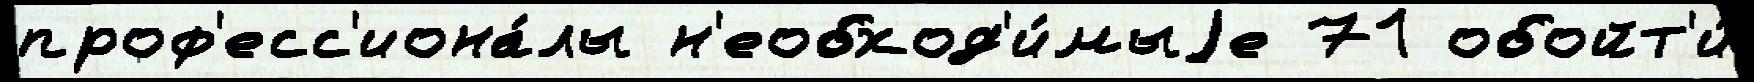
проф'есс'иона́лы н'еобход'и́мыjе 71 обойт'и́